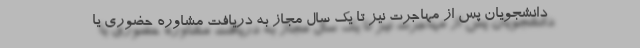
دانشجویان پس از مهاجرت نیز تا یک سال مجاز به دریافت مشاوره حضوری یا